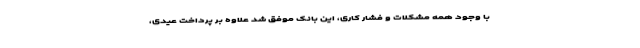
با وجود همه مشکلات و فشار کاری، این بانک موفق شد علاوه بر پرداخت عیدی،